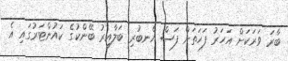
ބާރަ ވަރަކަށް އަހަރު ފަހަތަށް ފަސް އެނބުރި ބަލާއިރު ބޭންކުގެ ކައުންޓަރުގައި އެ